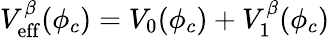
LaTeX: V_{\mathrm{eff}}^{\beta}(\phi_{c})=V_{0}(\phi_{c})+V_{1}^{\beta}(\phi_{c})